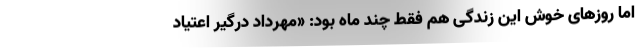
اما روزهای خوش این زندگی هم فقط چند ماه بود: «مهرداد درگیر اعتیاد